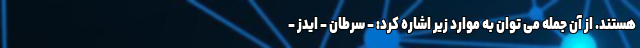
هستند. از آن جمله می توان به موارد زیر اشاره کرد: - سرطان - ایدز -